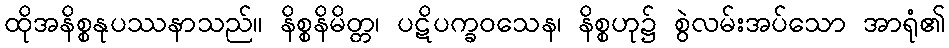
ထိုအနိစ္စနုပဿနာသည်။ နိစ္စနိမိတ္တ၊ ပဋိပက္ခဝသေန၊ နိစ္စဟု၌ စွဲလမ်းအပ်သော အာရုံ၏